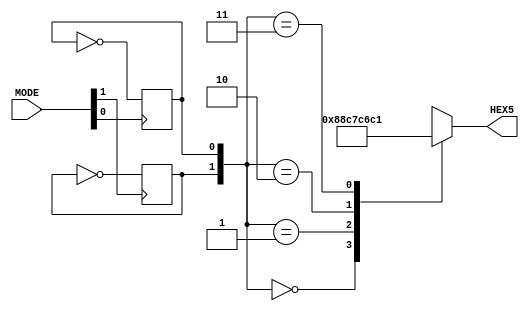
//Rudy Hill
//ECEN 2350
//Spring 2018

module print_mode(MODE,HEX5);
	input [1:0] MODE;
	output reg [7:0] HEX5;
	reg [1:0] k;
	
	initial
	begin
		k[0] = 0;
		k[1] = 0;
	end
	
	always @(posedge MODE[0])
	begin
		k[0] = ~k[0];
	end
	
	always @(posedge MODE[1])
	begin
		k[1] = ~k[1];
	end
	
	always @*
		case(k)
			2'b00: HEX5 = 8'b10001000;
			2'b01: HEX5 = 8'b11000111;
			2'b10: HEX5 = 8'b11000110;
			2'b11: HEX5 = 8'b11000001;
		endcase
endmodule